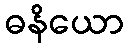
ဓနိယော